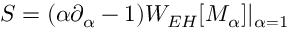
S = ( \alpha \partial _ { \alpha } - 1 ) W _ { E H } [ M _ { \alpha } ] | _ { \alpha = 1 } ~ ~